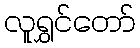
လူရွှင်တော်